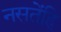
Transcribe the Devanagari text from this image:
नसतेंहि